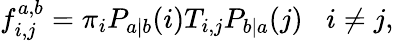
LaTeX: f_{i,j}^{a,b}=\pi_{i}P_{a|b}(i)T_{i,j}P_{b|a}(j)\; \; \; i\ne j,